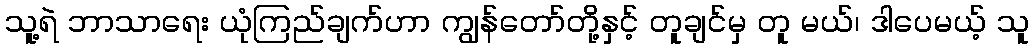
သူ့ရဲ ဘာသာရေး ယုံကြည်ချက်ဟာ ကျွန်တော်တို့နှင့် တူချင်မှ တူ မယ်၊ ဒါပေမယ့် သူ